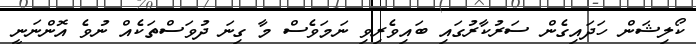
ކޯލިޝަން ހަދައިގެން ސަރުކާރުގައި ބައިވެރިވި ނަމަވެސް މާ ގިނަ ދުވަސްތަކެއް ނުވެ އޮންނަނީ